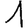
Digit: 1